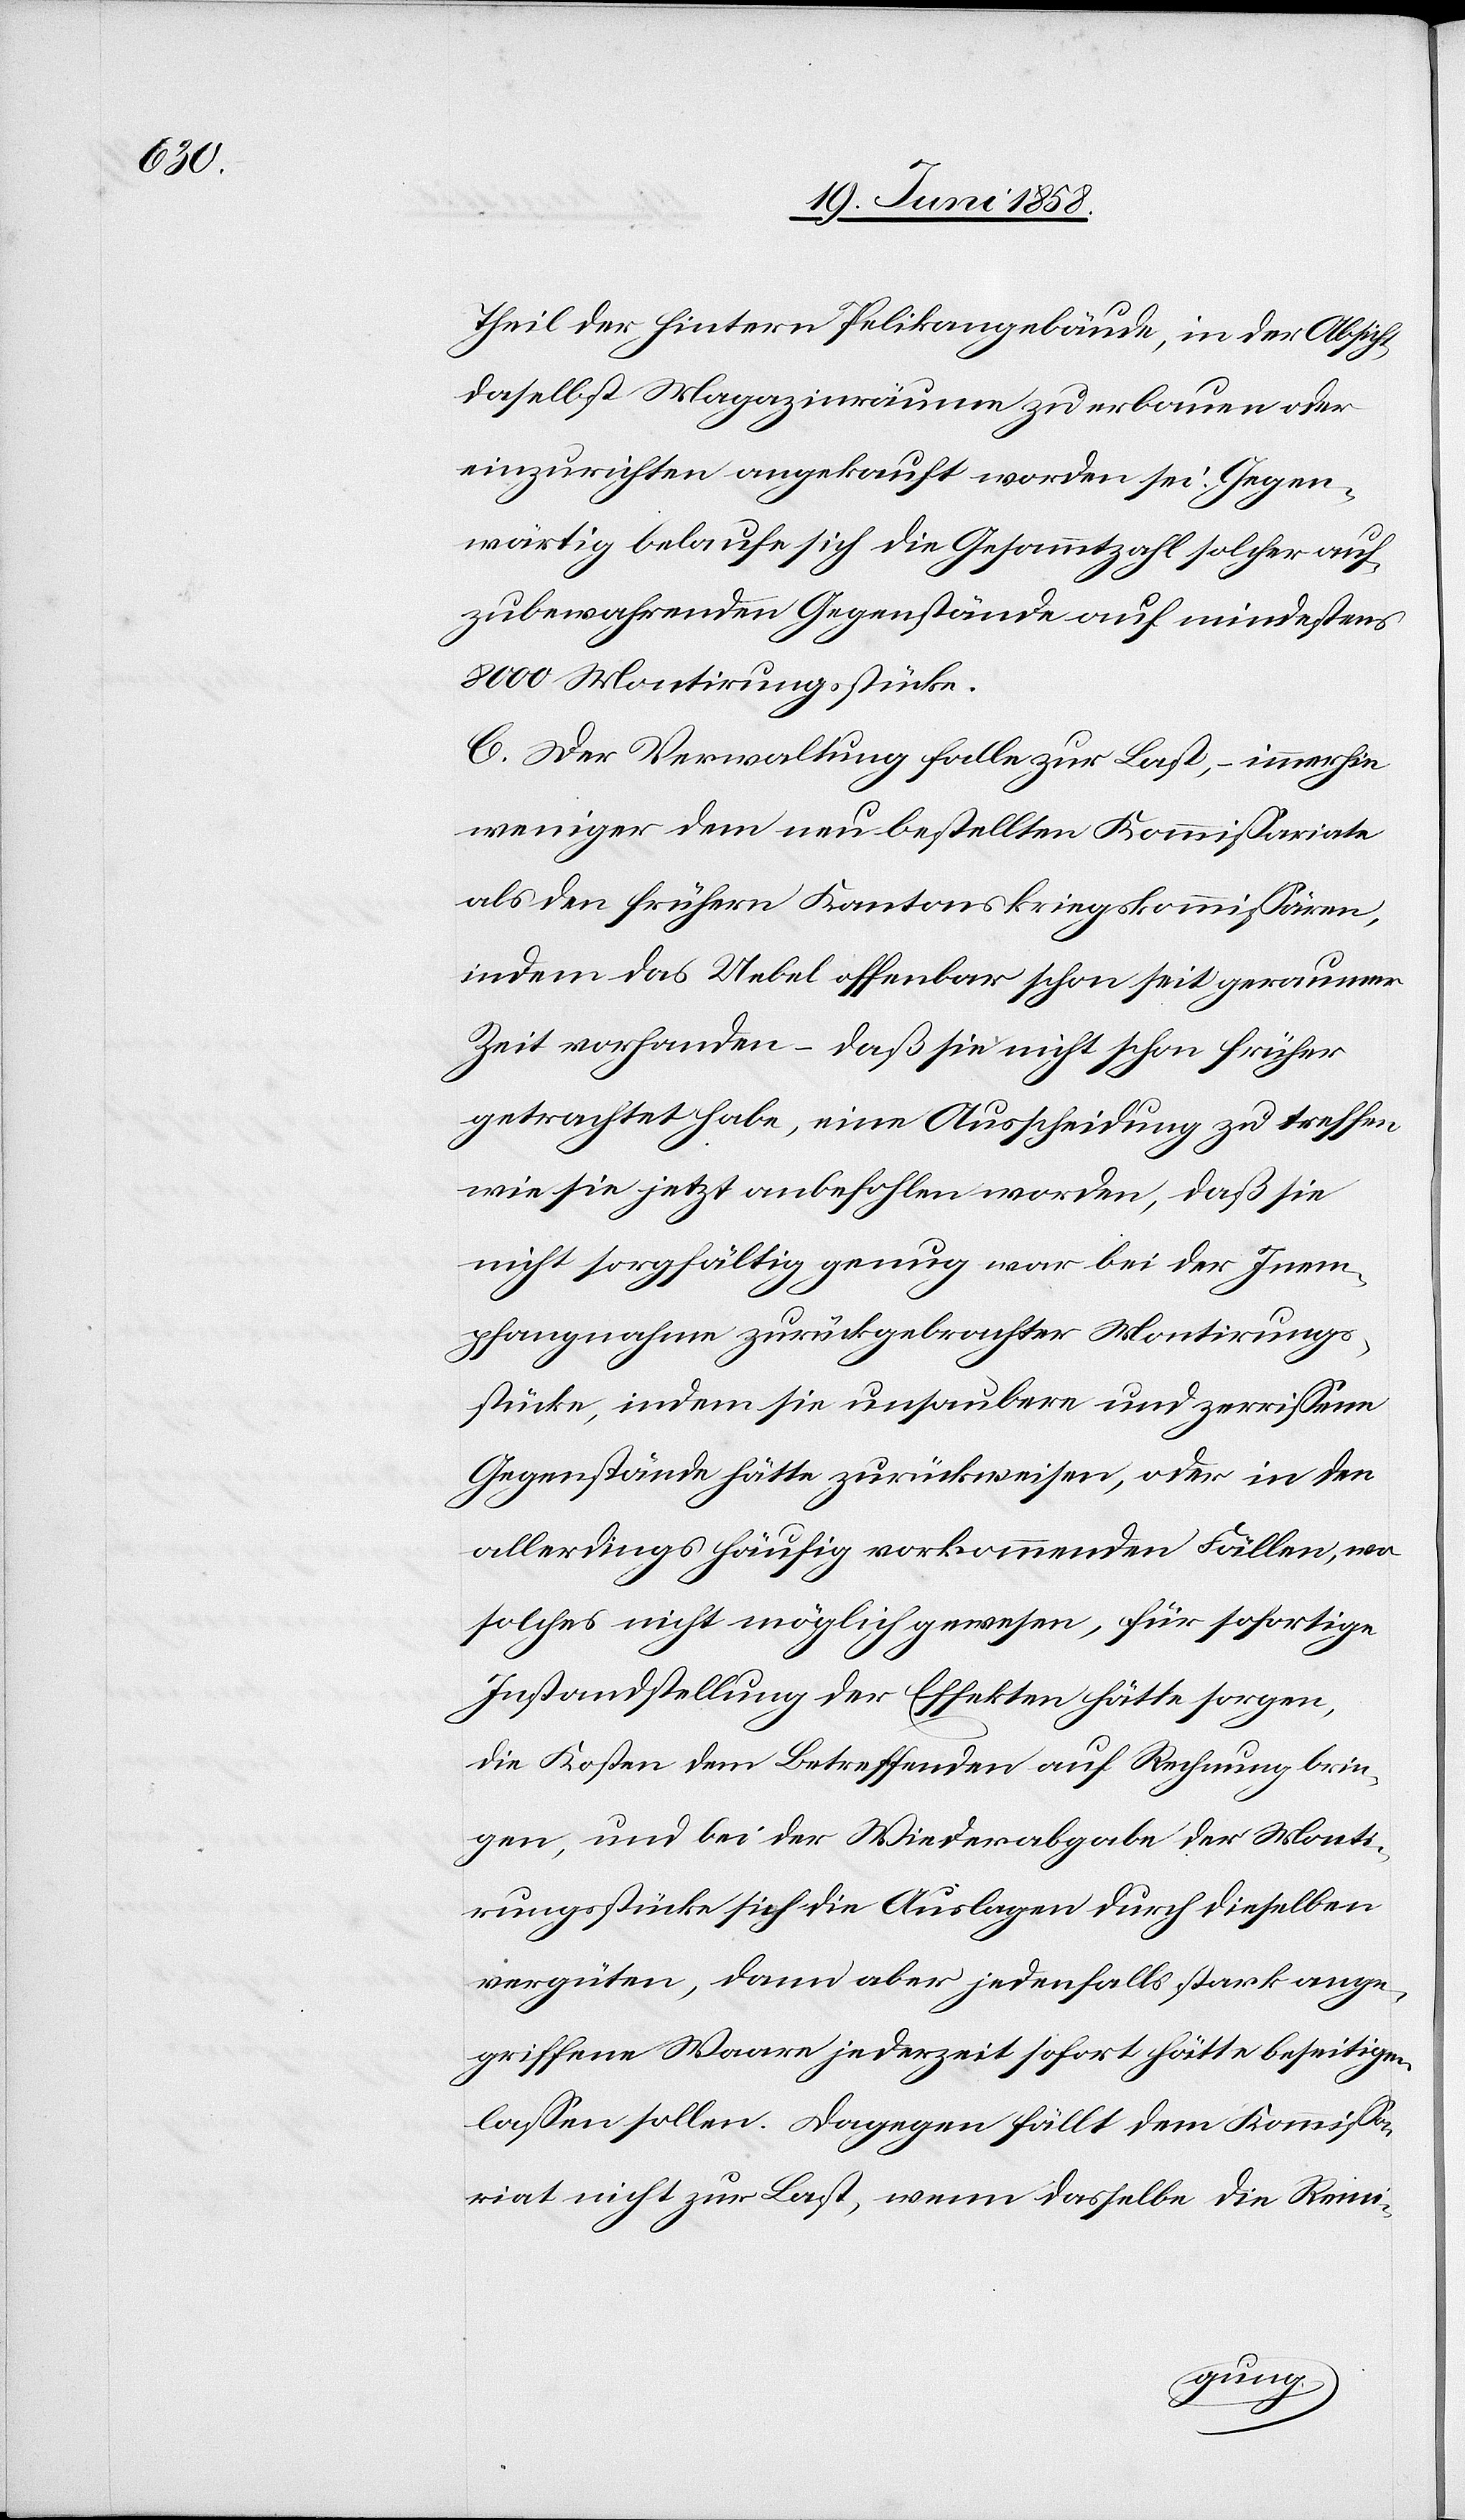
Theil der hintern Pelikangebäude, in der Absicht,
daselbst Magazinräume zu erbauen oder
einzurichten angekauft worden sei. Gegen¬
wärtig belaufe sich die Gesammtzahl solcher auf¬
zubewahrenden Gegenstände auf mindestens
8000 Montirungsstücke.
C. Der Verwaltung falle zur Last, – immerhin
weniger dem neu bestellten Kommissariate
als den frühern Kantonskriegskommissären,
indem das Uebel offenbar schon seit geraumer
Zeit vorhanden – daß sie nicht schon früher
getrachtet habe, eine Ausscheidung zu treffen
wie sie jetzt anbefohlen worden, daß sie
nicht sorgfältig genug war bei der Inem¬
pfangnahme zurückgebrachter Montirungs¬
stücke, indem sie unsaubere und zerrissene
Gegenstände hätte zurückweisen, oder in den
allerdings häufig vorkommenden Fällen, wo
solches nicht möglich gewesen, für sofortige
Instandstellung der Effekten hätte sorgen,
die Kosten dem Betreffenden auf Rechnung brin¬
gen, und bei der Wiederabgabe der Monti¬
rungsstücke sich die Auslagen durch dieselben
vergüten, dann aber jedenfalls stark ange¬
griffene Waare jederzeit sofort hätte beseitigen
lassen sollen. Dagegen fällt dem Kommissa¬
riat nicht zur Last, wenn dasselbe die Reini-